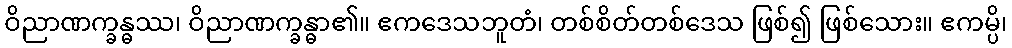
ဝိညာဏက္ခန္ဓဿ၊ ဝိညာဏက္ခန္ဓာ၏။ ဧကဒေသဘူတံ၊ တစ်စိတ်တစ်ဒေသ ဖြစ်၍ ဖြစ်သေား။ ဧကမ္ပိ၊